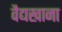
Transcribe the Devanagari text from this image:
वैद्यखाना